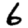
Digit: 6